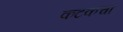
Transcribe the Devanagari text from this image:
कटकचा